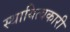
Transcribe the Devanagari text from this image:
स्थायित्वकारी